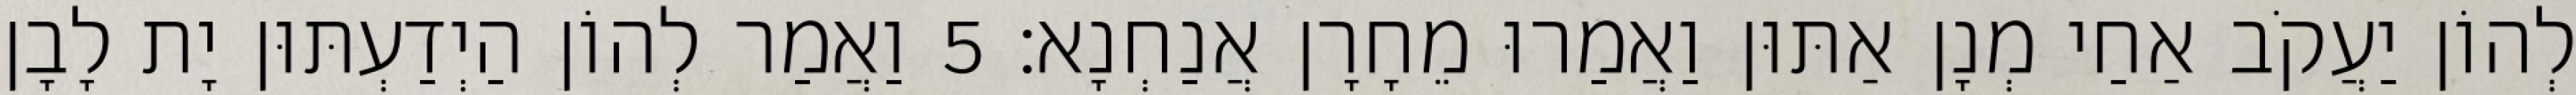
לְהוֹן יַעֲקֹב אַחַי מְנָן אַתּוּן וַאֲמַרוּ מֵחָרָן אֲנַחְנָא׃ 5 וַאֲמַר לְהוֹן הַיְדַעְתּוּן יָת לָבָן